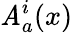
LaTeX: \mathit{A}_{a}^{i}(x)